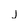
Character: j